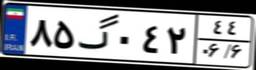
۸۵گ۰۴۲۴۴